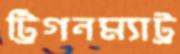
ট্রিগনম্যাট্র